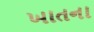
ખાતના